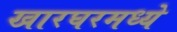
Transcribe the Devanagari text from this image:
खारघरमध्ये